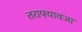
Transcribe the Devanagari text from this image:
तराफ्यावजा